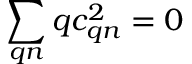
\sum _ { \boldsymbol { q } n } \boldsymbol { q } c _ { \boldsymbol { q } n } ^ { 2 } = \boldsymbol { 0 }